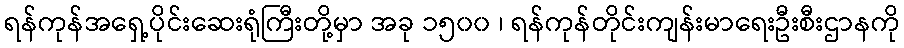
ရန်ကုန်အရှေ့ပိုင်းဆေးရုံကြီးတို့မှာ အခု ၁၅၀၀ ၊ ရန်ကုန်တိုင်းကျန်းမာရေးဦးစီးဌာနကို